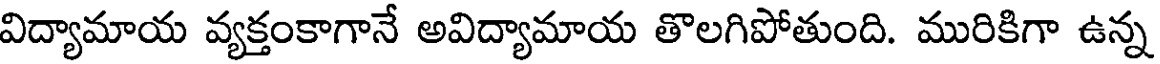
విద్యామాయ వ్యక్తంకాగానే అవిద్యామాయ తొలగిపోతుంది. మురికిగా ఉన్న